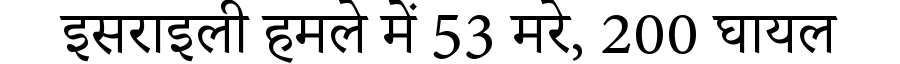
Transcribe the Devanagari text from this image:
इसराइली हमले में 53 मरे, 200 घायल